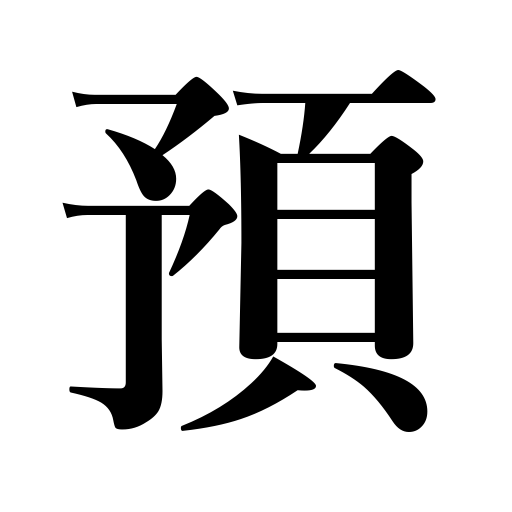
Meanings: undertake to do,deposit,leave with,refrain from,entrust with,call off as a tie,receive on deposit,take charge of,give,receive,place in custody,commit to,enjoy